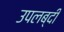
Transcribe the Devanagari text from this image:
उपलब्दी